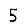
Digit: 5